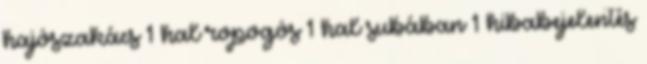
hajószakács 1 hal ropogós 1 hal subában 1 hibabejelentés